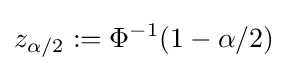
z_{\alpha /2}:=\Phi ^{-1}(1-\alpha /2)